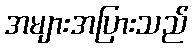
အများအပြားသည်